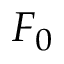
F _ { 0 }